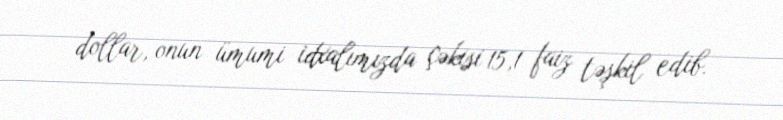
dollar, onun ümumi idxalımızda çəkisi 15,1 faiz təşkil edib.